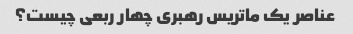
عناصر یک ماتریس رهبری چهار ربعی چیست؟